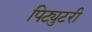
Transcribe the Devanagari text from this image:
पिट्युटरी